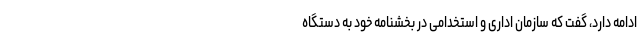
ادامه دارد، گفت که سازمان اداری و استخدامی در بخشنامه خود به دستگاه